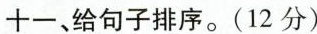
十一、给句子排序。(12分)